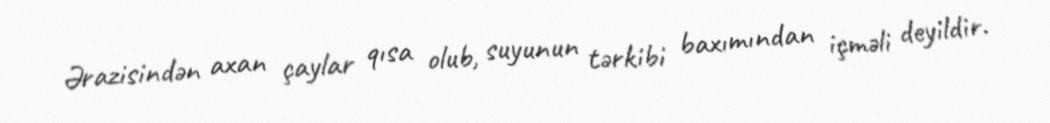
Ərazisindən axan çaylar qısa olub, suyunun tərkibi baxımından içməli deyildir.